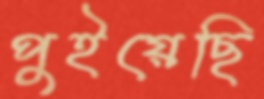
পুইয়েছি